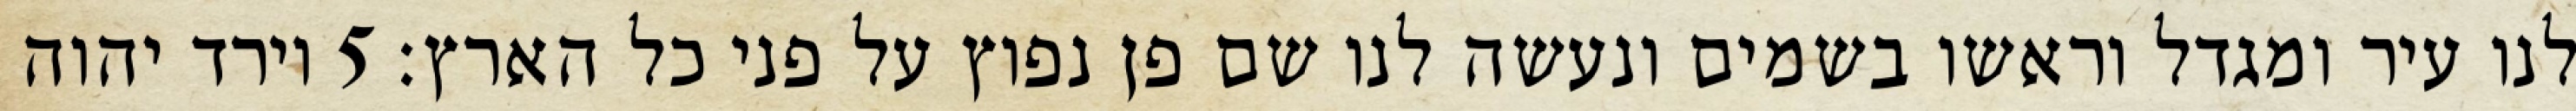
לנו עיר ומגדל וראשו בשמים ונעשה לנו שם פן נפוץ על פני כל הארץ׃ ‎5‏ וירד יהוה